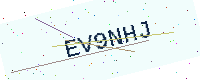
Text: EV9NHJ